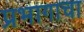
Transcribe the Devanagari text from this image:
प्रभागाचा